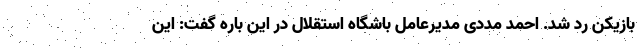
بازیکن رد شد. احمد مددی مدیرعامل باشگاه استقلال در این باره گفت: این